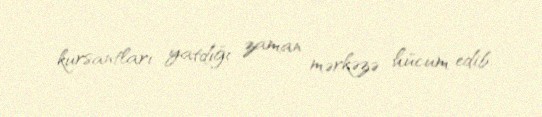
kursantları yatdığı zaman mərkəzə hücum edib.